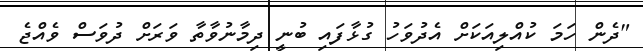
"ދެން ހަމަ ކުއްލިއަކަށް އެދުވަހު ގުޅާފައި ބުނީ ދިމާނުވާތާ ވަރަށް ދުވަސް ވެއްޖެ